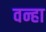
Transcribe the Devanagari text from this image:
वन्हा